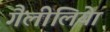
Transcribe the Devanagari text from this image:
गैलीलियेा